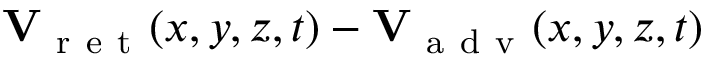
\begin{array} { r } { { \mathbf V } _ { \mathrm { ~ r ~ e ~ t ~ } } ( x , y , z , t ) - { \mathbf V } _ { \mathrm { ~ a ~ d ~ v ~ } } ( x , y , z , t ) } \end{array}